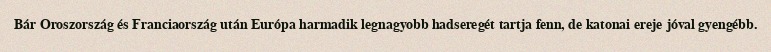
Bár Oroszország és Franciaország után Európa harmadik legnagyobb hadseregét tartja fenn, de katonai ereje jóval gyengébb.